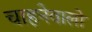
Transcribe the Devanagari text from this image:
चाहनेवालो